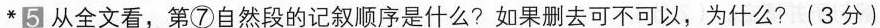
*5从全文看，第⑦自然段的记叙顺序是什么?如果删去可不可以，为什么?(3分)